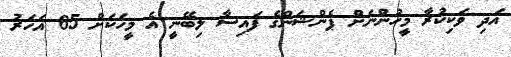
އަދި ވަކިކުރާ މީހުންނަށް ޕެންޝަންގެ ފައިސާ ލިބޭނީ އެ މީހަކަށް 65 އަހަރު